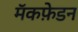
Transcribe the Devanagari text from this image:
मॅकफ़ेडन